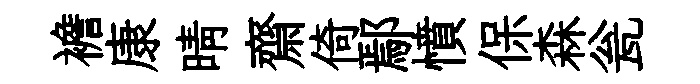
襜康晴齋倚鄢憤保森瓮